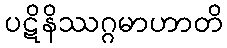
ပဋိနိဿဂ္ဂမာဟာတိ